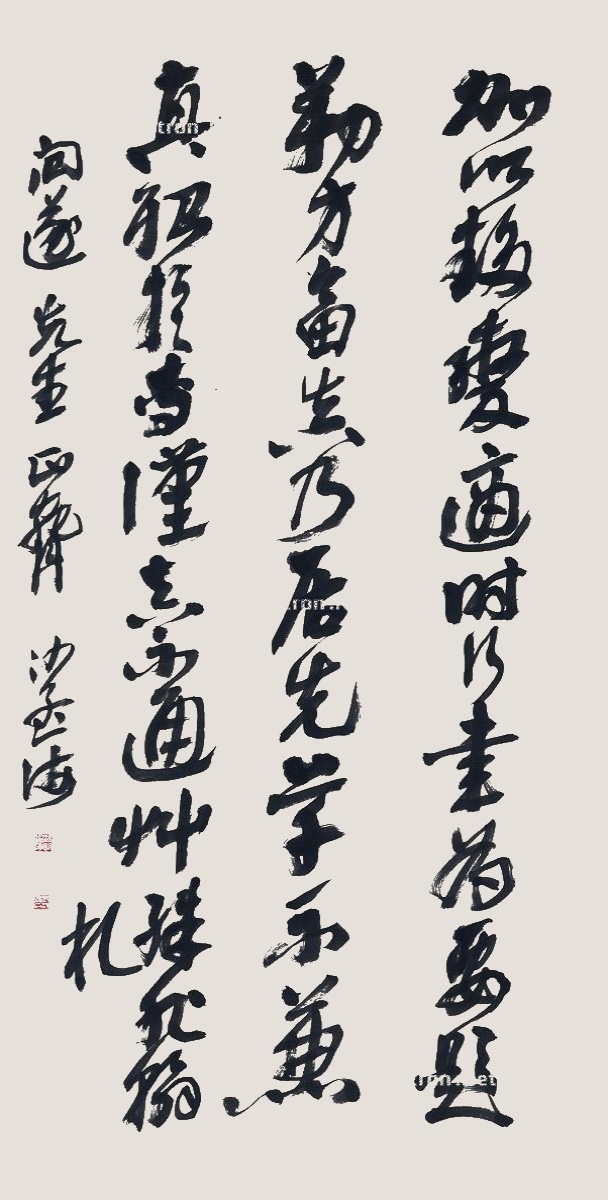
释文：加以趋变适时，行书为要。题勒方畐，真乃居先。草不兼真，殆于专谨。真不通草，殊非翰札。问遂先生正腕，沙孟海。